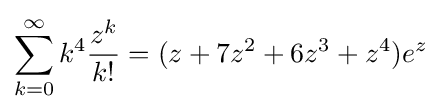
\sum _{k=0}^{\infty }k^{4}{\frac {z^{k}}{k!}}=(z+7z^{2}+6z^{3}+z^{4})e^{z}